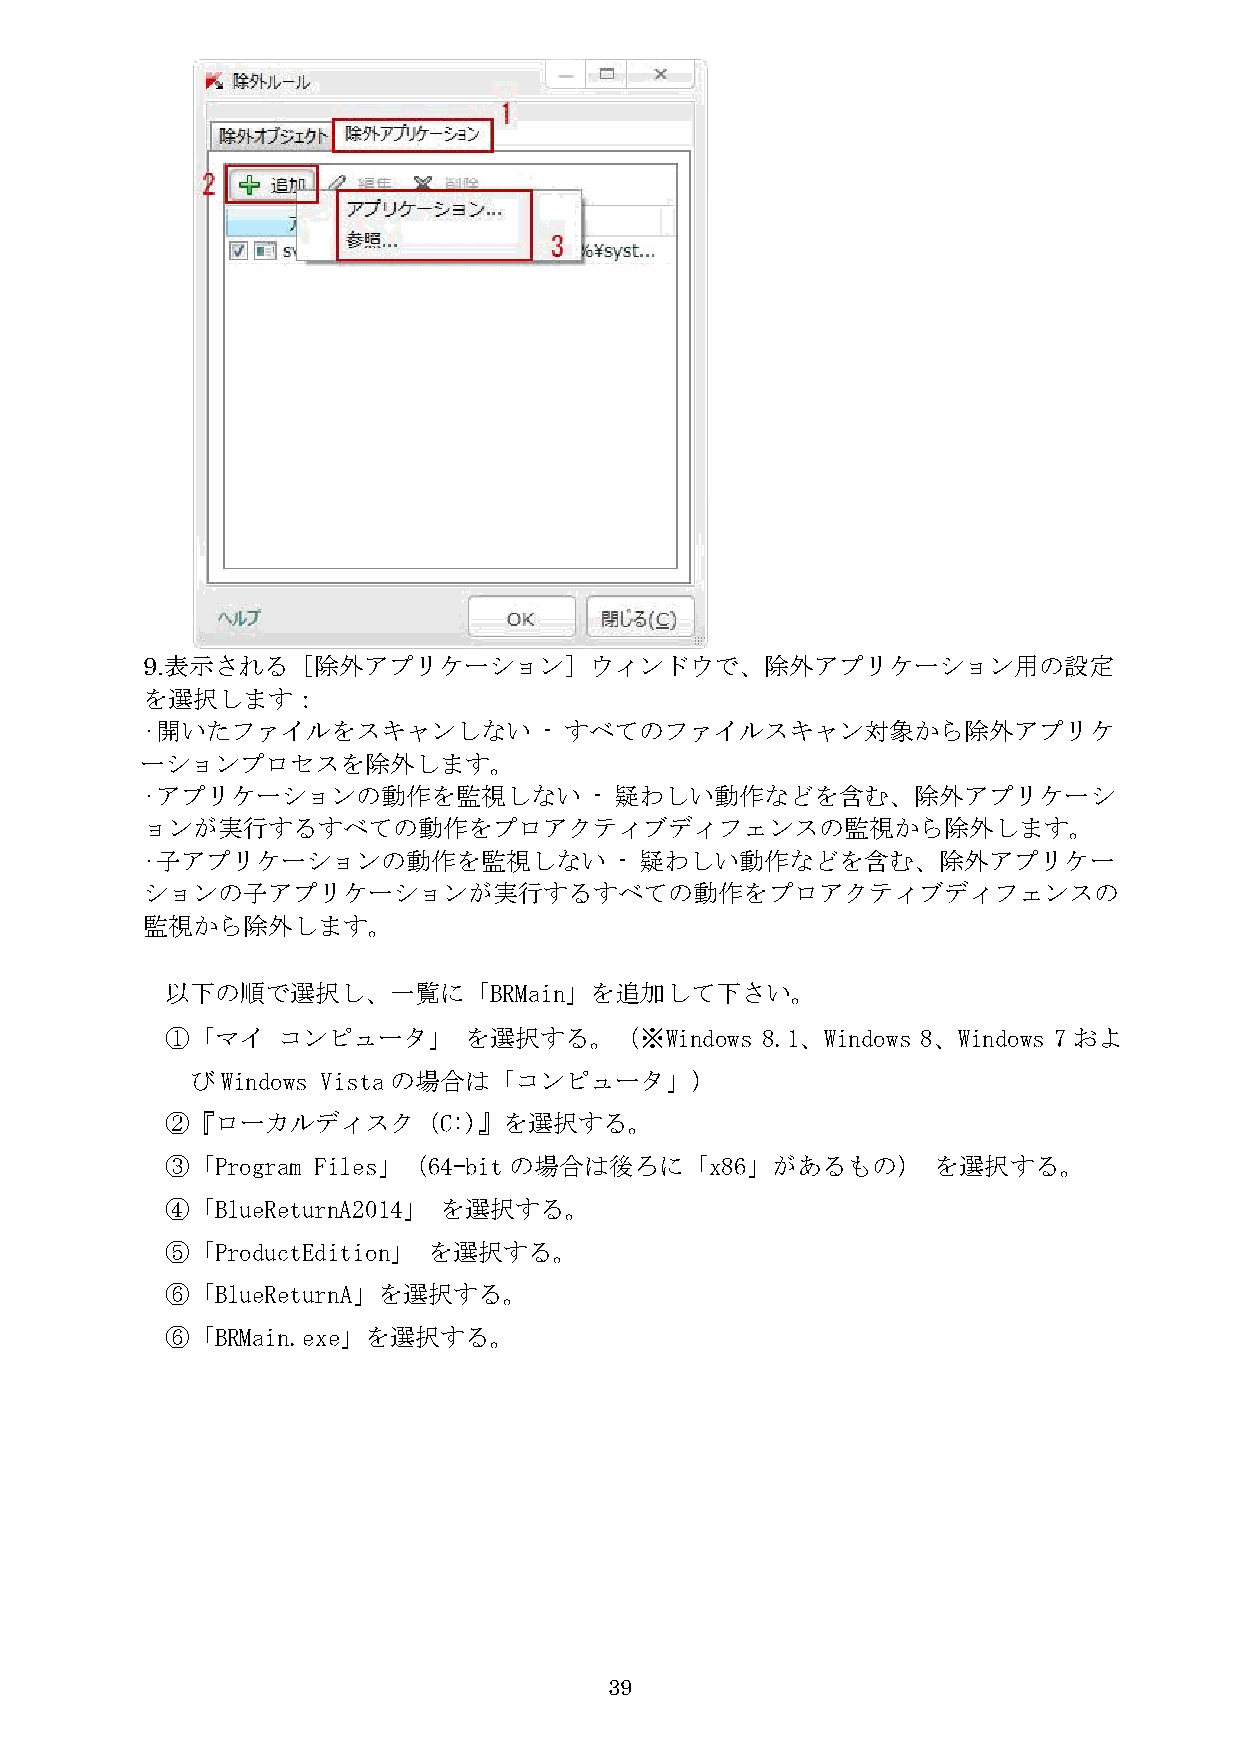
9.表示される［除外アプリケーション］ウィンドウで、除外アプリケーション用の設定
 を選択します：
 •開いたファイルをスキャンしない           - すべてのファイルスキャン対象から除外アプリケ
 ーションプロセスを除外します。
 •アプリケーションの動作を監視しない            - 疑わしい動作などを含む、除外アプリケーシ
 ョンが実行するすべての動作をプロアクティブディフェンスの監視から除外します。
 •子アプリケーションの動作を監視しない             - 疑わしい動作などを含む、除外アプリケー
 ションの子アプリケーションが実行するすべての動作をプロアクティブディフェンスの
 監視から除外します。
 以下の順で選択し、一覧に「BRMain」を追加して下さい。
 ①「マイ   コンピュータ」      を選択する。（※Windows    8.1、Windows 8、Windows 7およ
 びWindows Vistaの場合は「コンピュータ」）
 ②『ローカルディスク（C:)』を選択する。
 ③「Program Files」（64-bitの場合は後ろに「x86」があるもの）          を選択する。
 ④「BlueReturnA2014」 を選択する。
 ⑤「ProductEdition」 を選択する。
 ⑥「BlueReturnA」を選択する。
 ⑥「BRMain.exe」を選択する。
 39